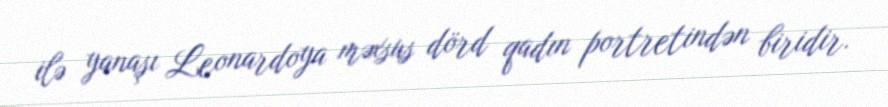
ilə yanaşı Leonardoya məxsus dörd qadın portretindən biridir.